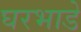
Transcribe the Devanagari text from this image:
घरभाडे